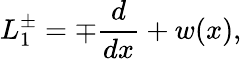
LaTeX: L_{1}^{\pm}=\mp\frac{d}{dx}+w(x),